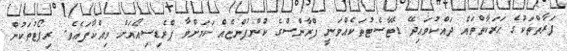
ފަރާތްތަކުގެ ޙަރަކާތްތައް ދައްކުވައިދޭ ޑޭޓާސެޓުތަކެއްވަނީ ފްރާންސްގެ ކުންފުންޏެއް ކަމަށްވާ ޕްރެޑިސިއޯއަށް ވިއްކާފައެވެ. ރިޕޯޓުތަކުން